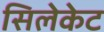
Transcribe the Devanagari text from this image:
सिलेकेट